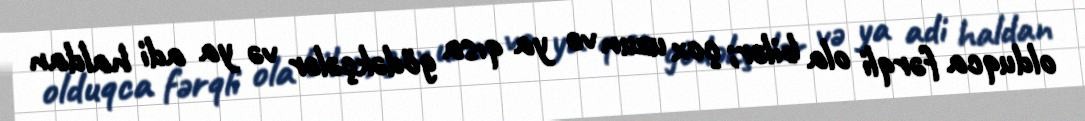
olduqca fərqli ola bilər; çox uzun və ya qısa gödəkçələr və ya adi haldan